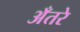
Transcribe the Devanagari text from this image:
अँतरे